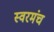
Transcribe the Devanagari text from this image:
स्वरमंच